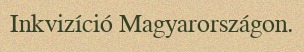
Inkvizíció Magyarországon.